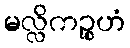
မလ္လိကဉ္စဟံ